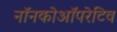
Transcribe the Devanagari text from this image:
नॉनकोऑपरेटिव